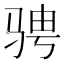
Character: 骋